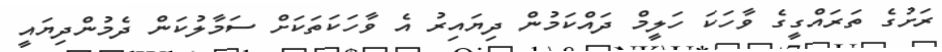
ރަށުގެ ތަރައްގީގެ ވާހަކަ ހަލީމް ދައްކަމުން ދިޔައިރު އެ ވާހަކަތަކަށް ސަމާލުކަން ދެމުންދިޔައީ